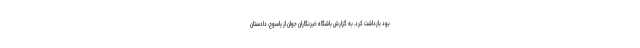
بود بازداشت کرد. به گزارش باشگاه خبرنگاران جوان از یاسوج، دادستان